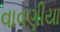
વાવણીયા